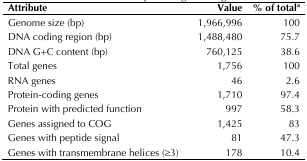
<table><thead><tr><td><b>Attribute</b></td><td><b>Value</b></td><td><b>% of total<sup>a</sup></b></td></tr></thead><tbody><tr><td>Genome size (bp)</td><td>1,966,996</td><td>100</td></tr><tr><td>DNA coding region (bp)</td><td>1,488,480</td><td>75.7</td></tr><tr><td>DNA G+C content (bp)</td><td>760,125</td><td>38.6</td></tr><tr><td>Total genes</td><td>1,756</td><td>100</td></tr><tr><td>RNA genes</td><td>46</td><td>2.6</td></tr><tr><td>Protein-coding genes</td><td>1,710</td><td>97.4</td></tr><tr><td>Protein with predicted function</td><td>997</td><td>58.3</td></tr><tr><td>Genes assigned to COG</td><td>1,425</td><td>83</td></tr><tr><td>Genes with peptide signal</td><td>81</td><td>47.3</td></tr><tr><td>Genes with transmembrane helices (≥3)</td><td>178</td><td>10.4</td></tr></tbody></table>